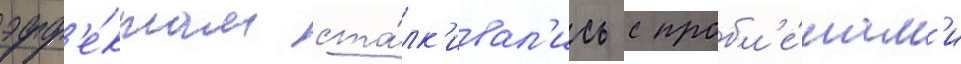
эфф'е́ктам ста́лк'ивал'ись с пробл'е́мам'и